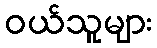
ဝယ်သူများ